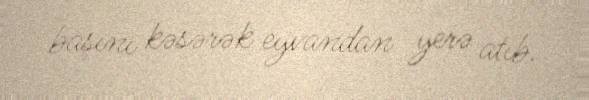
başını kəsərək eyvandan yerə atıb.